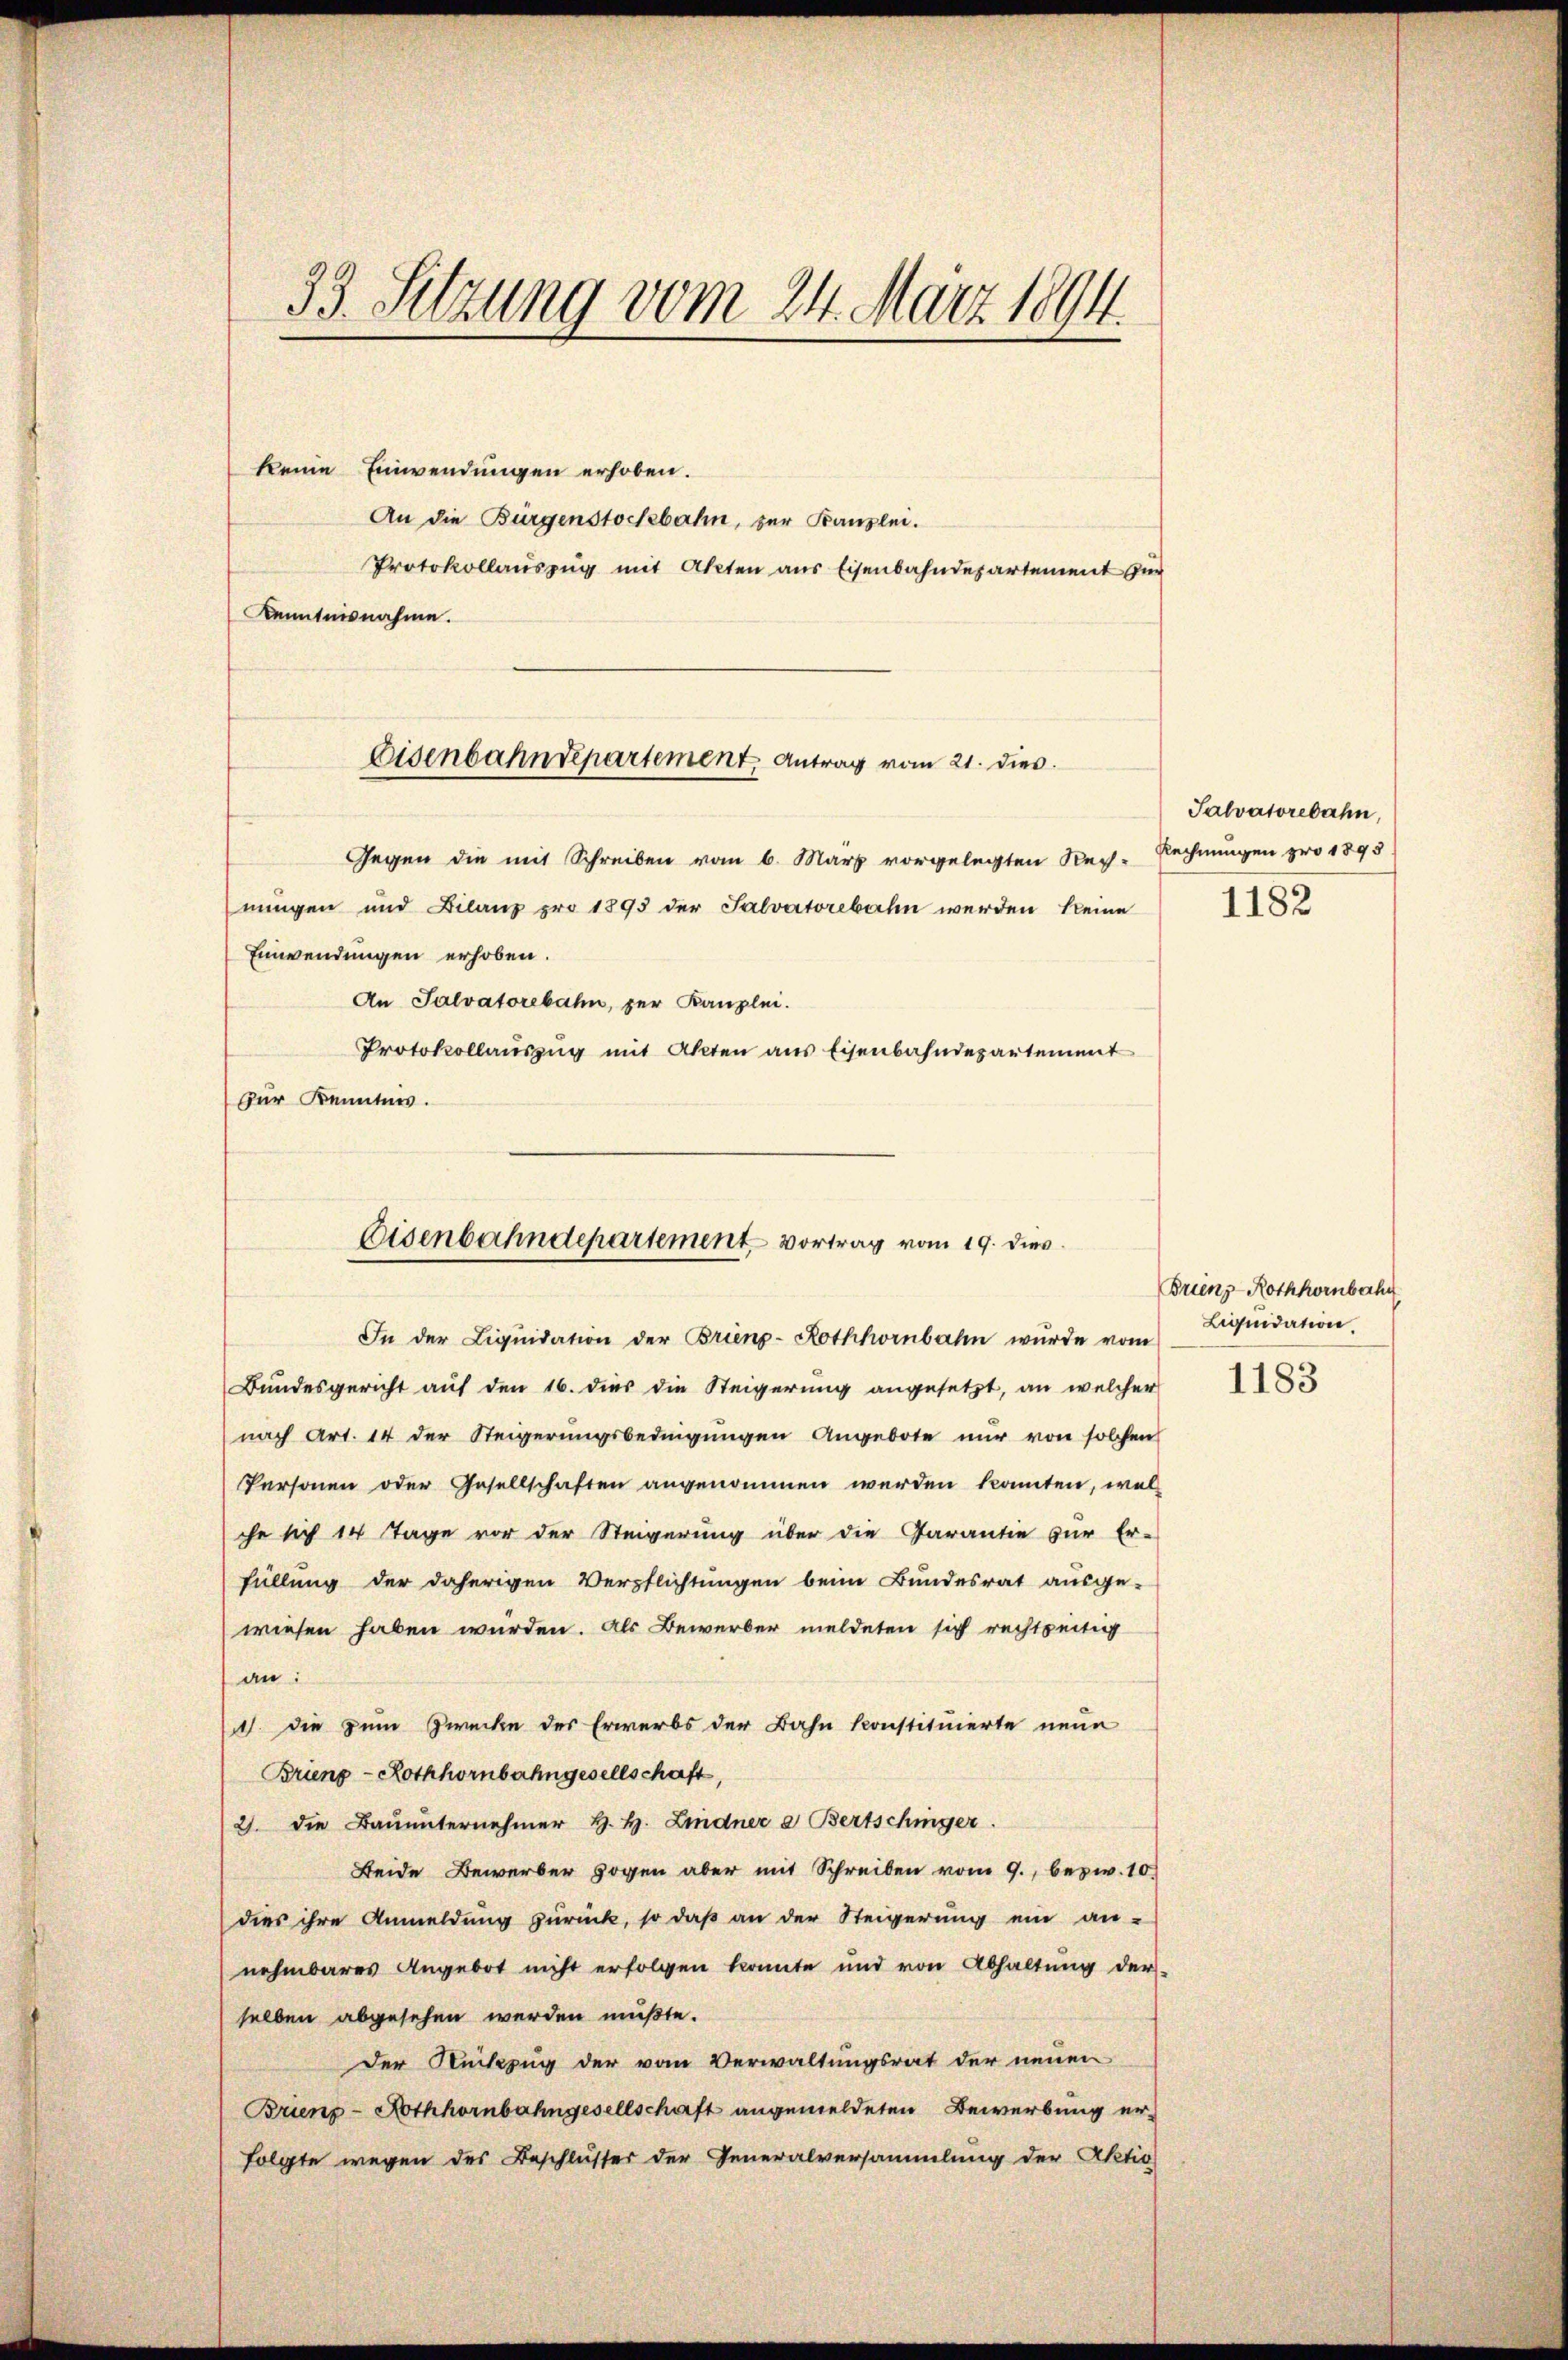
33. Sitzung vom 24. März 1894.

keine Einwendungen erhoben.
An die Bürgenstockbahn, zur Kanzlei.
Protokollauszug mit Akten aus Eisenbahndepartement zur
Kenntnisnahme.

Eisenbahndepartement Antrag vom 21. dies

Gegen die mit Schreiben vom 6. März vorgelegten Rech-
nungen und Bilanz pro 1893 der Salvatorebahn werden keine
Einwendungen erhoben.
An Salvatorebahn, zur Kanzlei.
Protokollauszug mit Akten aus Eisenbahndepartement
zur Kenntnis.

nach Art. 14 der Steigerungsbedingŭngen Angebote nur von solchen
Personen oder Gesellschaften angenommen werden konnten, wel-
che sich 14 Tage vor der Steigerung über die Garantie zur Er-
füllung der daherigen Verpflichtungen beim Bundesrat ausge-
wiesen haben würden. Als Bewerber meldeten sich rechtseitig
an:
1. die zum Zwecke des Erwerbs der Bahn konstituierte neue
Brieng-Rothhornbahngesellschaft,
2. die Baŭŭnternehmer H. H. Lindner a. Bertschinger.
Beide Bewerber sogen aber mit Schreiben vom 9. bezw. 10.
dies ihre Anmeldung zŭrück, so daβ an der Steigerŭng ein an-
nehmbares Angebot nicht erfolgen konnte und von Abhaltŭng der
selben abgesehen werden mußte.
Der Rückzug der vom Verwaltungsrat der neuen
Brienz-Hothhornbahngesellschaft angemeldeten Bewerbung erfolgte wegen des Beschlusser der Generalversammlung der Aktio

Eisenbahndepartement vortrag vom 19. dies

In der Liqŭidation der Brien-Rothhornbahn wŭrde vom Liquidation
Bundesgericht auf den 16. dies die Steigerung angesetzt, an welcher

Salvatorebahn,
Rechnungen pro 1895

1182

Brienz-Rothhornbahn

1183